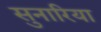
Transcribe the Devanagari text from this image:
सुनारिया